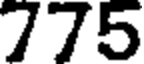
775